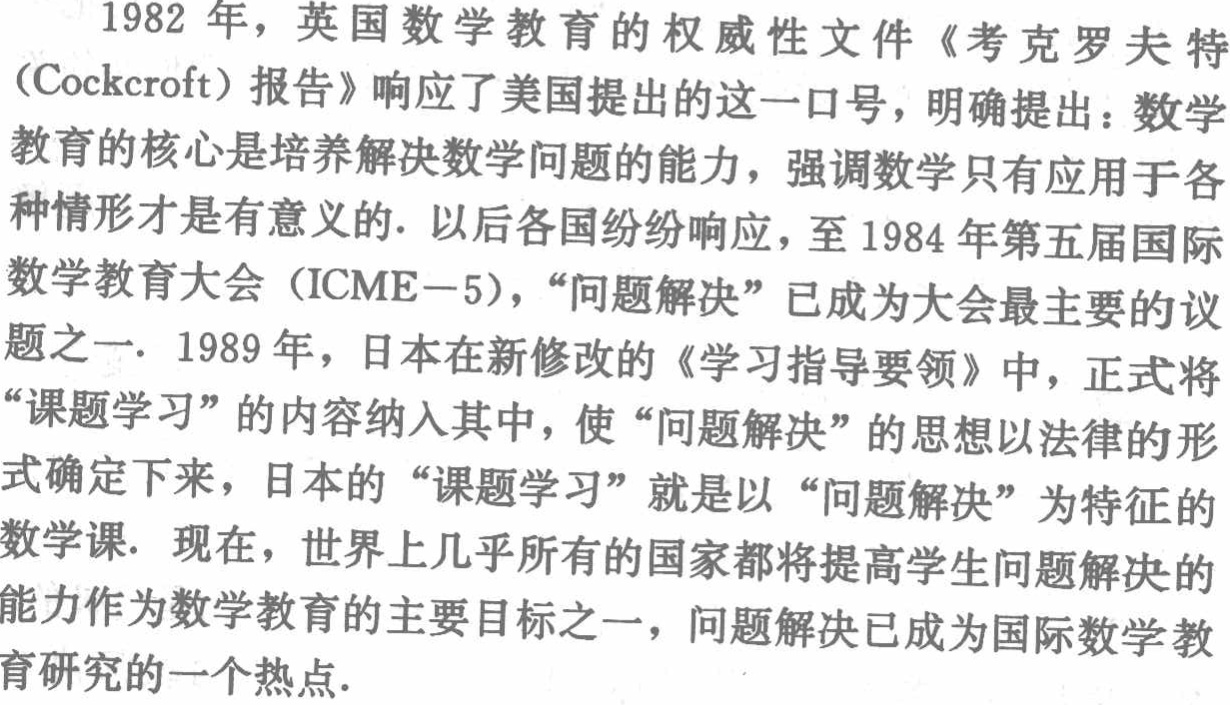
1982 年，英国数学教育的权威性文件《考克罗夫特（Cockcroft）报告》响应了美国提出的这一口号，明确提出：数学教育的核心是培养解决数学问题的能力，强调数学只有应用于各种情形才是有意义的. 以后各国纷纷响应，至 1984 年第五届国际数学教育大会（ICME－5），“问题解决”已成为大会最主要的议题之一. 1989 年，日本在新修改的《学习指导要领》中，正式将“课题学习”的内容纳入其中，使“问题解决”的思想以法律的形式确定下来，日本的“课题学习”就是以“问题解决”为特征的数学课. 现在，世界上几乎所有的国家都将提高学生问题解决的能力作为数学教育的主要目标之一，问题解决已成为国际数学教育研究的一个热点.